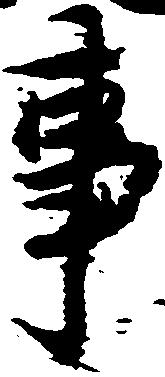
事